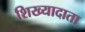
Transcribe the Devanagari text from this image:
शिख्यादाता